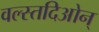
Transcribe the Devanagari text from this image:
वल्स्तदिओन्